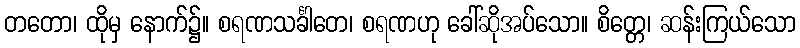
တတော၊ ထိုမှ နောက်၌။ စရဏသင်္ခါတေ၊ စရဏဟု ခေါ်ဆိုအပ်သော။ စိတ္တေ၊ ဆန်းကြယ်သော